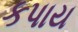
કપાય